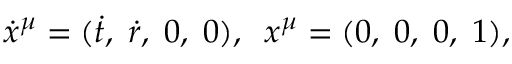
\dot { x } ^ { \mu } = ( \dot { t } , \; \dot { r } , \; 0 , \; 0 ) , \; \; x ^ { \mu } = ( 0 , \; 0 , \; 0 , \; 1 ) ,